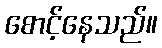
စောင့်နေသည်။